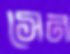
সেন